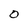
Character: O